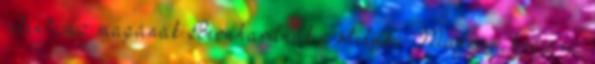
jelent, az magának Bernhardnak a stílusa. Muszáj, hogy ez